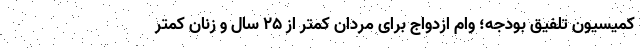
کمیسیون تلفیق بودجه؛ وام ازدواج برای مردان کمتر از ۲۵ سال و زنان کمتر